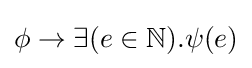
\phi \to \exists (e\in {\mathbb {N} }).\psi (e)